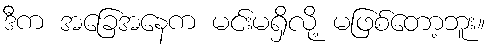
ဒီက အခြေအနေက မင်းမရှိလို့ မဖြစ်တော့ဘူး။